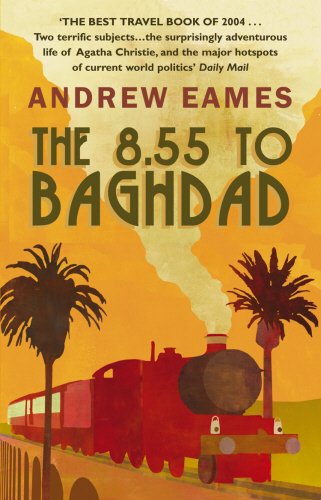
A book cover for THE 8.55 TO BAGHDAD; ANDREW EAMES; Travel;